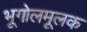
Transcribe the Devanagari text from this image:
भूगोलमूलक